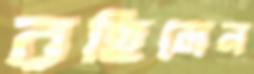
রহিলেন